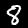
Digit: 8